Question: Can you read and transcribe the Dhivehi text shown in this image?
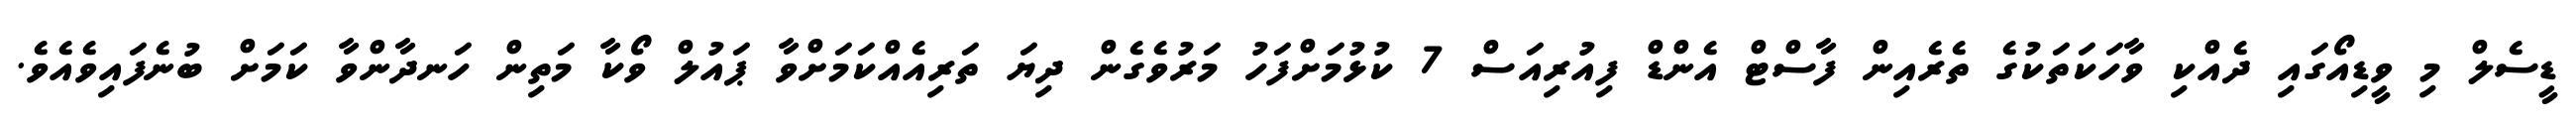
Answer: ޑީސެލް މި ވީޑިއޯގައި ދެއްކި ވާހަކަތަކުގެ ތެރެއިން ފާސްޓް އެންޑް ފިއުރިއަސް 7 ކުޅުމަށްފަހު މަރުވެގެން ދިޔަ ތަރިއެއްކަމަށްވާ ޕައުލް ވޯކާ މަތިން ހަނދާންވާ ކަމަށް ބުނެފައިވެއެވެ.